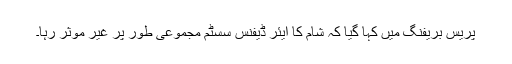
پریس بریفنگ میں کہا گیا کہ شام کا ایئر ڈیفنس سسٹم مجموعی طور پر غیر موثر رہا۔